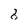
Character: 8